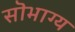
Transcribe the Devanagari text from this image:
सॊभाग्य